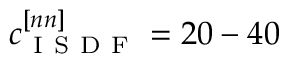
c _ { \mathrm { ~ I ~ S ~ D ~ F ~ } } ^ { [ n n ] } = 2 0 - 4 0